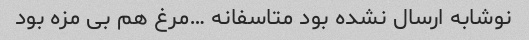
نوشابه ارسال نشده بود متاسفانه …مرغ هم بی مزه بود